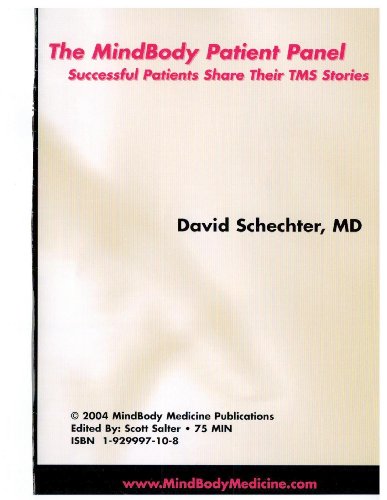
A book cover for The MindBody Workbook with Patient Panel DVD; David Schechter; Health, Fitness & Dieting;